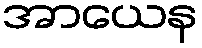
အာယေန